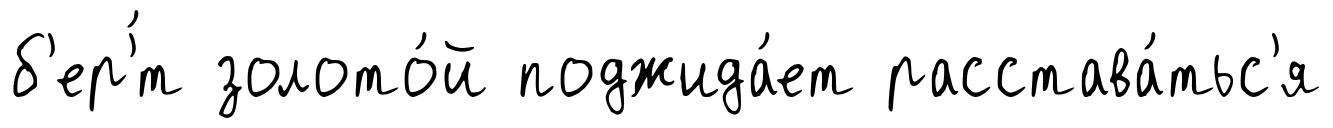
б'ер'́т золото́й поджида́ет расстава́тьс'я